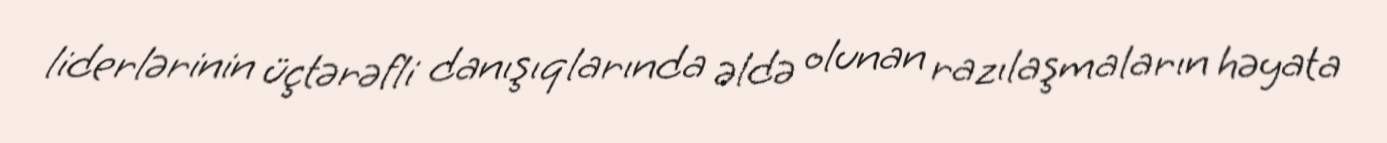
liderlərinin üçtərəfli danışıqlarında əldə olunan razılaşmaların həyata